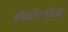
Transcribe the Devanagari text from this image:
संकेतचिन्हपेक्षा